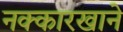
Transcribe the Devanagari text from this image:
नक्कारखाने